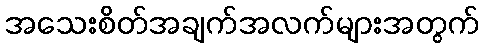
အသေးစိတ်အချက်အလက်များအတွက်